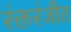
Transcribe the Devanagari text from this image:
रंक्तरंजीत